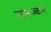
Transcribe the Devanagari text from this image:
समज्कर